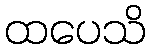
ထပေသိ